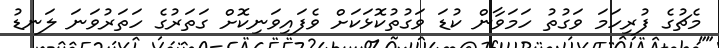
މެޗުގެ ފުރިހަމަ ވަގުތު ހަމަވާން ކުޑަ ވަގުތުކޮޅަކަށް ވެފައިވަނިކޮށް ގަތަރުގެ ހަތަރުވަނަ ލަނޑު